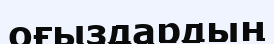
оғыздардың